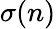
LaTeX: \sigma(n)